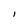
Character: 1